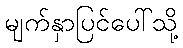
မျက်နှာပြင်ပေါ်သို့